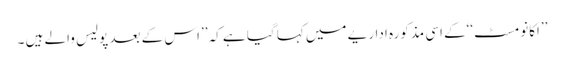
’’اکانومسٹ‘‘کے اسی مذکورہ اداریے میں کہا گیا ہے کہ ’’اس کے بعد پولیس والے ہیں ۔